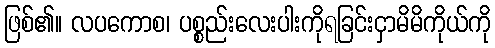
ဖြစ်၏။ လပကောစ၊ ပစ္စည်းလေးပါးကိုရခြင်းငှာမိမိကိုယ်ကို